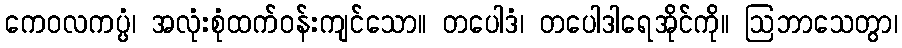
ကေဝလကပ္ပံ၊ အလုံးစုံထက်ဝန်းကျင်သော။ တပေါဒံ၊ တပေါဒါရေအိုင်ကို။ ဩဘာသေတွာ၊